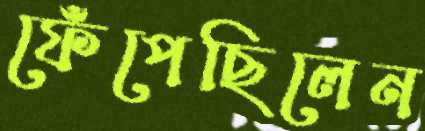
ফেঁপেছিলেন